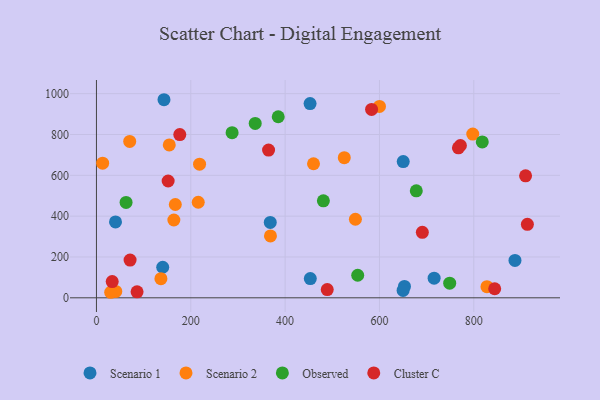
{"axis": {"x": "Investment", "y": "Sales"}, "legend": ["Cluster C", "Observed", "Scenario 1", "Scenario 2"], "data": [{"x": "715.9", "y": 96.1, "type": "Scenario 1"}, {"x": "453.4", "y": 94.0, "type": "Scenario 1"}, {"x": "40.4", "y": 371.5, "type": "Scenario 1"}, {"x": "887.3", "y": 182.9, "type": "Scenario 1"}, {"x": "452.9", "y": 951.3, "type": "Scenario 1"}, {"x": "653.0", "y": 55.6, "type": "Scenario 1"}, {"x": "650.4", "y": 667.1, "type": "Scenario 1"}, {"x": "368.5", "y": 369.4, "type": "Scenario 1"}, {"x": "140.5", "y": 149.6, "type": "Scenario 1"}, {"x": "143.2", "y": 970.2, "type": "Scenario 1"}, {"x": "650.1", "y": 36.4, "type": "Scenario 1"}, {"x": "41.0", "y": 31.1, "type": "Scenario 2"}, {"x": "827.9", "y": 54.7, "type": "Scenario 2"}, {"x": "13.1", "y": 659.2, "type": "Scenario 2"}, {"x": "30.2", "y": 27.1, "type": "Scenario 2"}, {"x": "218.6", "y": 654.5, "type": "Scenario 2"}, {"x": "154.4", "y": 748.8, "type": "Scenario 2"}, {"x": "167.2", "y": 457.1, "type": "Scenario 2"}, {"x": "525.4", "y": 686.6, "type": "Scenario 2"}, {"x": "136.7", "y": 93.8, "type": "Scenario 2"}, {"x": "797.8", "y": 801.8, "type": "Scenario 2"}, {"x": "600.0", "y": 937.3, "type": "Scenario 2"}, {"x": "549.0", "y": 384.7, "type": "Scenario 2"}, {"x": "164.1", "y": 381.1, "type": "Scenario 2"}, {"x": "460.2", "y": 656.6, "type": "Scenario 2"}, {"x": "70.5", "y": 765.9, "type": "Scenario 2"}, {"x": "368.9", "y": 303.0, "type": "Scenario 2"}, {"x": "215.8", "y": 468.0, "type": "Scenario 2"}, {"x": "818.0", "y": 763.5, "type": "Observed"}, {"x": "678.1", "y": 523.9, "type": "Observed"}, {"x": "553.9", "y": 110.4, "type": "Observed"}, {"x": "385.4", "y": 886.9, "type": "Observed"}, {"x": "62.8", "y": 467.4, "type": "Observed"}, {"x": "748.9", "y": 71.5, "type": "Observed"}, {"x": "287.6", "y": 808.8, "type": "Observed"}, {"x": "336.6", "y": 854.1, "type": "Observed"}, {"x": "481.1", "y": 475.1, "type": "Observed"}, {"x": "489.3", "y": 40.3, "type": "Cluster C"}, {"x": "771.6", "y": 745.9, "type": "Cluster C"}, {"x": "364.9", "y": 723.6, "type": "Cluster C"}, {"x": "152.0", "y": 572.0, "type": "Cluster C"}, {"x": "844.3", "y": 44.3, "type": "Cluster C"}, {"x": "913.6", "y": 360.0, "type": "Cluster C"}, {"x": "583.3", "y": 922.9, "type": "Cluster C"}, {"x": "86.1", "y": 29.3, "type": "Cluster C"}, {"x": "33.4", "y": 79.3, "type": "Cluster C"}, {"x": "71.3", "y": 185.0, "type": "Cluster C"}, {"x": "909.8", "y": 597.6, "type": "Cluster C"}, {"x": "176.7", "y": 799.4, "type": "Cluster C"}, {"x": "767.4", "y": 734.5, "type": "Cluster C"}, {"x": "690.9", "y": 320.5, "type": "Cluster C"}]}